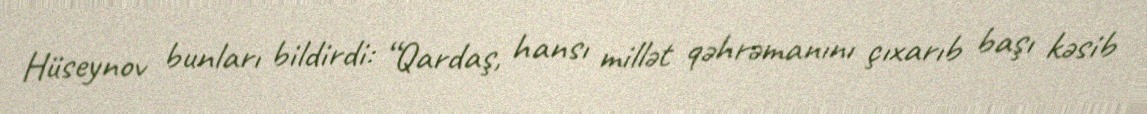
Hüseynov bunları bildirdi: “Qardaş, hansı millət qəhrəmanını çıxarıb başı kəsib